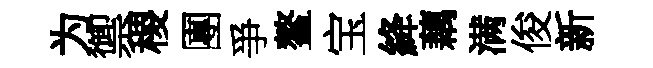
为禦稷團爭鳌宝絳藕满俊新